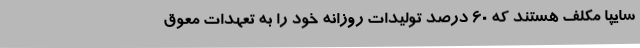
سایپا مکلف هستند که 60 درصد تولیدات روزانه خود را به تعهدات معوق